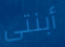
أبنتى